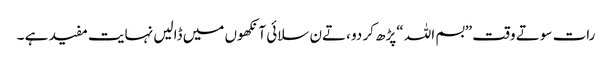
رات سوتے وقت ”بسم اللہ “پڑھ کر دو ،تےن سلائی آنکھوں میں ڈالیں نہایت مفید ہے ۔